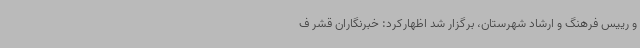
و رییس فرهنگ و ارشاد شهرستان، برگزار شد اظهارکرد: خبرنگاران قشر ف